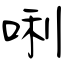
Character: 唎